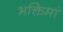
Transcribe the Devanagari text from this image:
भक्तिमां